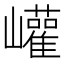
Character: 巏